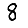
Digit: 8